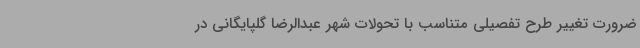
ضرورت تغییر طرح تفصیلی متناسب با تحولات شهر عبدالرضا گلپایگانی در